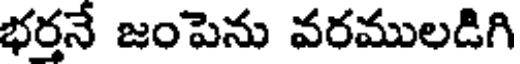
భర్తనే జంపెను వరములడిగి